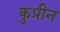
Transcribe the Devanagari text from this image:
कुप्रीन